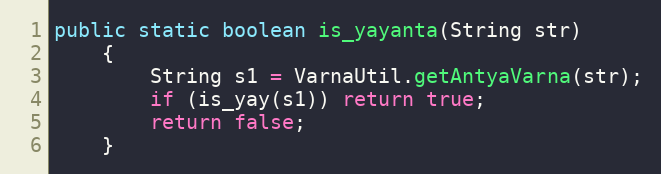
Language: Java
public static boolean is_yayanta(String str)
    {
        String s1 = VarnaUtil.getAntyaVarna(str);
        if (is_yay(s1)) return true;
        return false;
    }